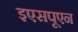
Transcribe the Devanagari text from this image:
इएसपूएन